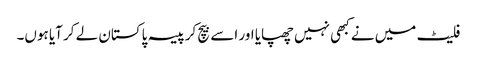
فلیٹ میں نے کبھی نہیں چھپایا اور اسے بیچ کر پیسہ پاکستان لے کر آیا ہوں۔